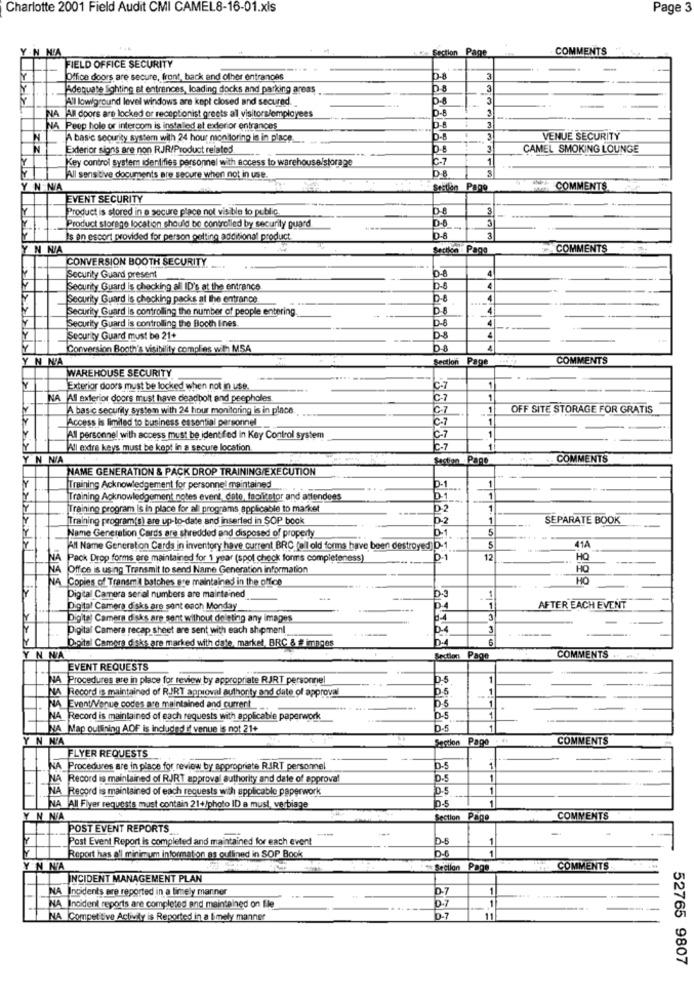
Charlotte 2001 Field Audit CMI CAMEL8-16-01.xls
Page 3
YN M'A
Section Page
COMMENTS
FIELD OFFICE SECURITY
Office doors are secure, front, back and other entrances
D-8
3
Adequate Sighting et entrances, loading docks and parking areas
3
All lowground level windows are kept closed and secured.
D-8
3
D-8
3
NA All doors are locked or receptionist greets all visitors/employees
3
NA Peep hole or intercom is installed at exterior entrances
D-8
-
N
A basic security system with 24 hour monitoring is in place ...
D-B
3
VENUE SECURITY
Exterior signs are non RJR/Product related
3
CAMEL SMOKING LOUNGE
Key control system identifies personnel with access to warehouse/storage
1
All sensitive documents are secure when not in use
Y N N/A
Section
Page
COMMENTS
EVENT SECURITY
Product is stored in a secure place not visible to public.
D-8
3
---
Product storago location should be controlled by security guard
-
Is en escort provided for person getting additional product
D-8
3
N N/A
Socken : Pago
COMMENTS
CONVERSION BOOTH SECURITY.
D-8
4
Security Guard present
Security Guard is checking all ID's at the entrance
D-8
Security Guard is chocking packs at the entrance
D-8
Security Guard is controlling the number of people entering.
D-8
Security Guard is controlling the Booth Ines
D-8
Security Guard must be 21+
D-8
Conversion Booth's visibility complies with MSA
Da
Y N NA
Section
Page
COMMENTS
WAREHOUSE SECURITY
Exterior doors must be locked when not in use.
1
NA Al exterior doors must have deadbolt and peepholes.
C-1
1
A basic security system with 24 hour monitoring is in place
C-7
OFF SITE STORAGE FOR GRATIS
Access is limited to business essential personnel
C.7
All personnel with access must be identified in Key Control system
C-7
All exdire keys must be kept in a secure location
C-7
N N/A
Bastion Page
COMMENTS
NAME GENERATION & PACK DROP TRAINING/EXECUTION
Training Acknowledgement for personnel maintained
D-1
Training Acknowledgement notes event, date, facilitator and attendees
0-1
[Training program Is in place for all programs applicable to market
D2
1
Training program(s) are up-to-date and inserted in SOP book
D2
1
SEPARATE BOOK
0.1
Name Generation Cards are shredded and disposed of property
41A
All Name Generation Cards in inventory have current BRC (all old forms have been destroyed D-1
5
Pack Drop forms are maintained for 1 year (spol check forns completeness)
---
D-1
12
HO
Office is using Transmit to send Name Generation Information
HO
Copies of Transmi batches are maintained in the office
HO
1
Digital Camera serial numbers are maintained
D-3
Digital Camera disks are sont each Monday
DA
AFTER EACH EVENT
Digital Camera disks are sent without deleting any images
8-4
Digital Camera recap sheet are sent with each shipment
D-4
Digital Camera disks are marked with date, market, BRC & # images
N NA
Section Page
COMMENTS ..
EVENT REQUESTS
A Procedures are in place for review by appropriate RJRT personnel
NA |Recordis maintained of R.JRT approval authority and date of approval
D.5
1
NA Event/Venue codes are maintained and current
A Record is maintained of each requests with applicable paperwork
D-5
NA Map outlining AOF is included if venue is not 21+
D-5
N'A
Section
Pago . **
COMMENTS
FLYER REQUESTS
NA Procedures are in place for review by appropriate RIRT personnel
D-5
A Record is maintained of RJRT approval authority and date of approval
D.5
1
INA Record is maintained of each requests with applicable paperwork
D-5
1
D-5
1
NA All Flyer requests must contain 21+/photo ID a must, verbiage
N N/A
Section Page
COMMENTS
POST EVENT REPORTS
Post Event Report is completed and maintained for each event
D-6
1
D-6
1
Report has ell minimum information as outlined in SOP Book
EN NA
Section
Page
COMMENTS
INCIDENT MANAGEMENT PLAN
NA Incidents are reported in a timely manner
D-7
1
D-7
NA Incident reports are completed and maintained on file
1
NA Competitive Activity is Reported in a Bmely manner
0.7
11
52765 9807